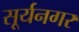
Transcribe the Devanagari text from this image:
सूर्यनगर